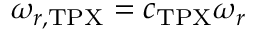
\omega _ { r , \mathrm { T P X } } = c _ { \mathrm { T P X } } \omega _ { r }